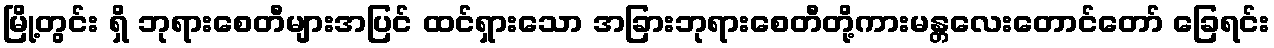
မြို့တွင်း ရှိ ဘုရားစေတီများအပြင် ထင်ရှားသော အခြားဘုရားစေတီတို့ကားမန္တလေးတောင်တော် ခြေရင်း